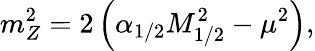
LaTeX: m_{Z}^{2}=2\left(\alpha_{1/2}M_{1/2}^{2}-\mu^{2}\right),